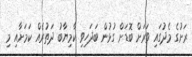
ރަށުގެ މެދުގައި ވަރަށް ބޮޑަށް ގުޅުން ބަދަހިވި ކާމިޔާބު ދަތުރެއް ކަމަށާއި މި